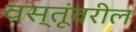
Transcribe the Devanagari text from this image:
वस्तूंवरील